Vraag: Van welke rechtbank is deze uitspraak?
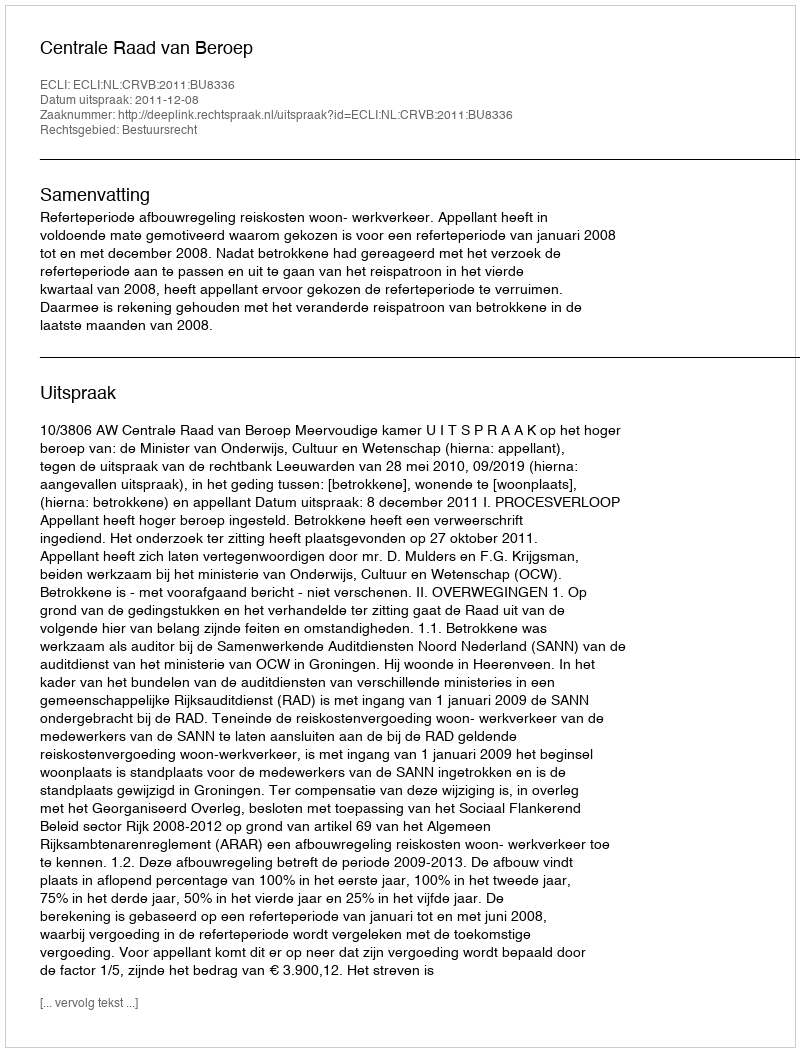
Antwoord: Centrale Raad van Beroep